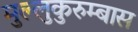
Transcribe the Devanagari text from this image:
मुल्लुकुरुम्बास